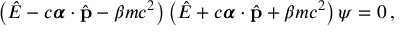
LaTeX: \left( { \hat { E } } - c { \boldsymbol { \alpha } } \cdot { \hat { \mathbf { p } } } - \beta m c ^ { 2 } \right) \left( { \hat { E } } + c { \boldsymbol { \alpha } } \cdot { \hat { \mathbf { p } } } + \beta m c ^ { 2 } \right) \psi = 0 \, ,